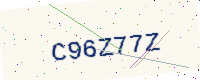
Text: C96Z77Z